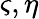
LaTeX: \varsigma,\eta